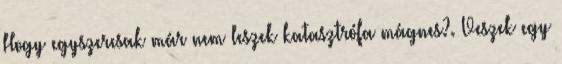
Hogy egyszercsak már nem leszek katasztrófa mágnes?. Veszek egy